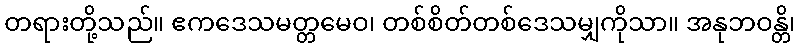
တရားတို့သည်။ ဧကဒေသမတ္တမေဝ၊ တစ်စိတ်တစ်ဒေသမျှကိုသာ။ အနုဘဝန္တိ၊